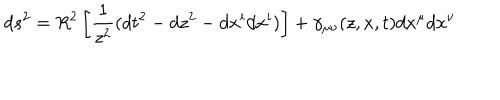
LaTeX: d s ^ { 2 } = R ^ { 2 } \left[ { \frac { 1 } { z ^ { 2 } } } ( d t ^ { 2 } - d z ^ { 2 } - d x ^ { i } d x ^ { i } ) \right] + \gamma _ { \mu \nu } ( z , x , t ) d x ^ { \mu } d x ^ { \nu }